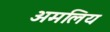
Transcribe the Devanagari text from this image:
अमलिय